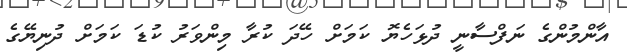
އާންމުންގެ ނަފްސާނީ ދުޅަހެޔޮ ކަމަށް ހޭދަ ކުރާ މިންވަރު ކުޑަ ކަމަށް ދުނިޔޭގެ